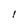
Character: I